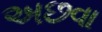
અછવા